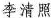
李清照